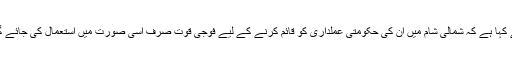
روسی ٹیلی ویڑن چینل این ٹی وی کو انٹرویو دیتے ہوئے کیا انہوں نے کہا ہے کہ شمالی شام میں ان کی حکومتی عملداری کو قائم کرنے کے لیے فوجی قوت صرف اسی صورت میں استعمال کی جائے گی جب اس علاقے کے باغیوں نے ہتھیار ڈالنے سے انکار کریں گے۔